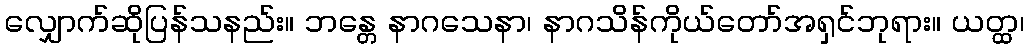
လျှောက်ဆိုပြန်သနည်း။ ဘန္တေ နာဂသေနာ၊ နာဂသိန်ကိုယ်တော်အရှင်ဘုရား။ ယတ္ထ၊